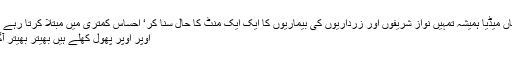
یہاں میڈیا ہمیشہ تمہیں نواز شریفوں اور زرداریوں کی بیماریوں کا ایک ایک منٹ کا حال سنا کر‘ احساس کمتری میں مبتلا کرتا رہے گا
اوپر اوپر پھول کھلے ہیں بھیتر بھیتر آگ